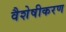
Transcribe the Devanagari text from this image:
वैशेषीकरण